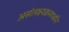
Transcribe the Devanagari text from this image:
असंलक्ष्यक्रमध्वनि